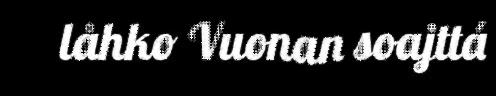
låhko Vuonan soajttá